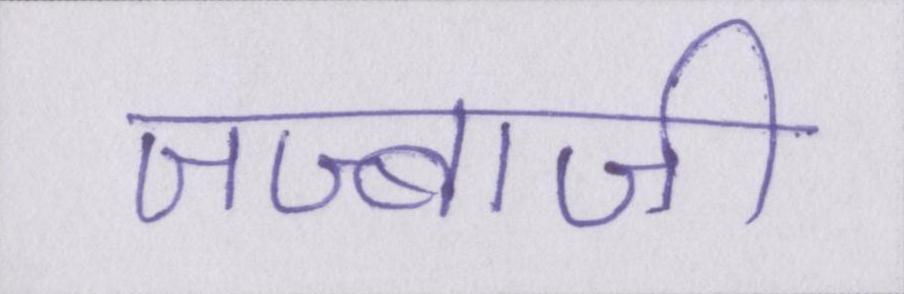
जज्बाजी